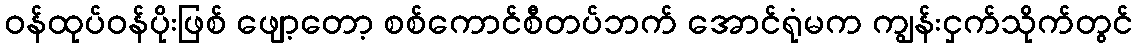
ဝန်ထုပ်ဝန်ပိုးဖြစ် ဖျော့တော့ စစ်ကောင်စီတပ်ဘက် အောင်ရုံမက ကျွန်းငှက်သိုက်တွင်